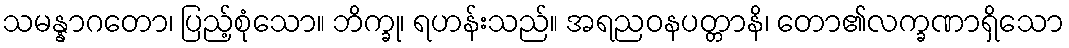
သမန္နာဂတော၊ ပြည့်စုံသော။ ဘိက္ခု၊ ရဟန်းသည်။ အရညဝနပတ္တာနိ၊ တော၏လက္ခဏာရှိသော